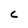
Character: c